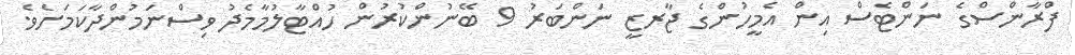
ފްރާންސްގެ ނަންޓެސް އިން އެމީހުންގެ ޖާރޒީ ނަންބަރު 9 ބޭނުންކުރުން ހުއްޓާލުމާމެދު ވިސްނަމުންދާކަމަށެވެ.